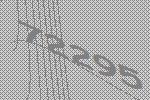
72295